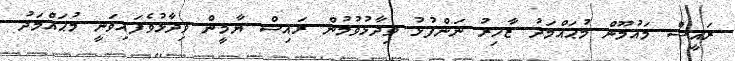
ރައީސް މައުމޫން މުޙައްމަދު ޒާހިރު ނަންފުޅު ވިދާޅުވުމުން ރައިސް ޔާމީން ވިދާޅުވެފައިވަނީ މުޙައްމަދު